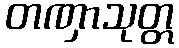
တဏှာသုတ္တ